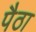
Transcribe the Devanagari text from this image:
पैठा